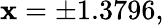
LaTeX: \mathbf{x}=\pm1.3796,